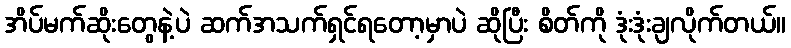
အိပ်မက်ဆိုးတွေနဲ့ပဲ ဆက်အသက်ရှင်ရတော့မှာပဲ ဆိုပြီး စိတ်ကို ဒုံးဒုံးချလိုက်တယ်။